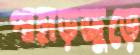
পাহাড়জুড়ে